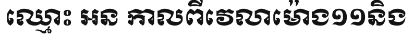
ឈ្មោះ អន កាលពីវេលាម៉ោង១១និង